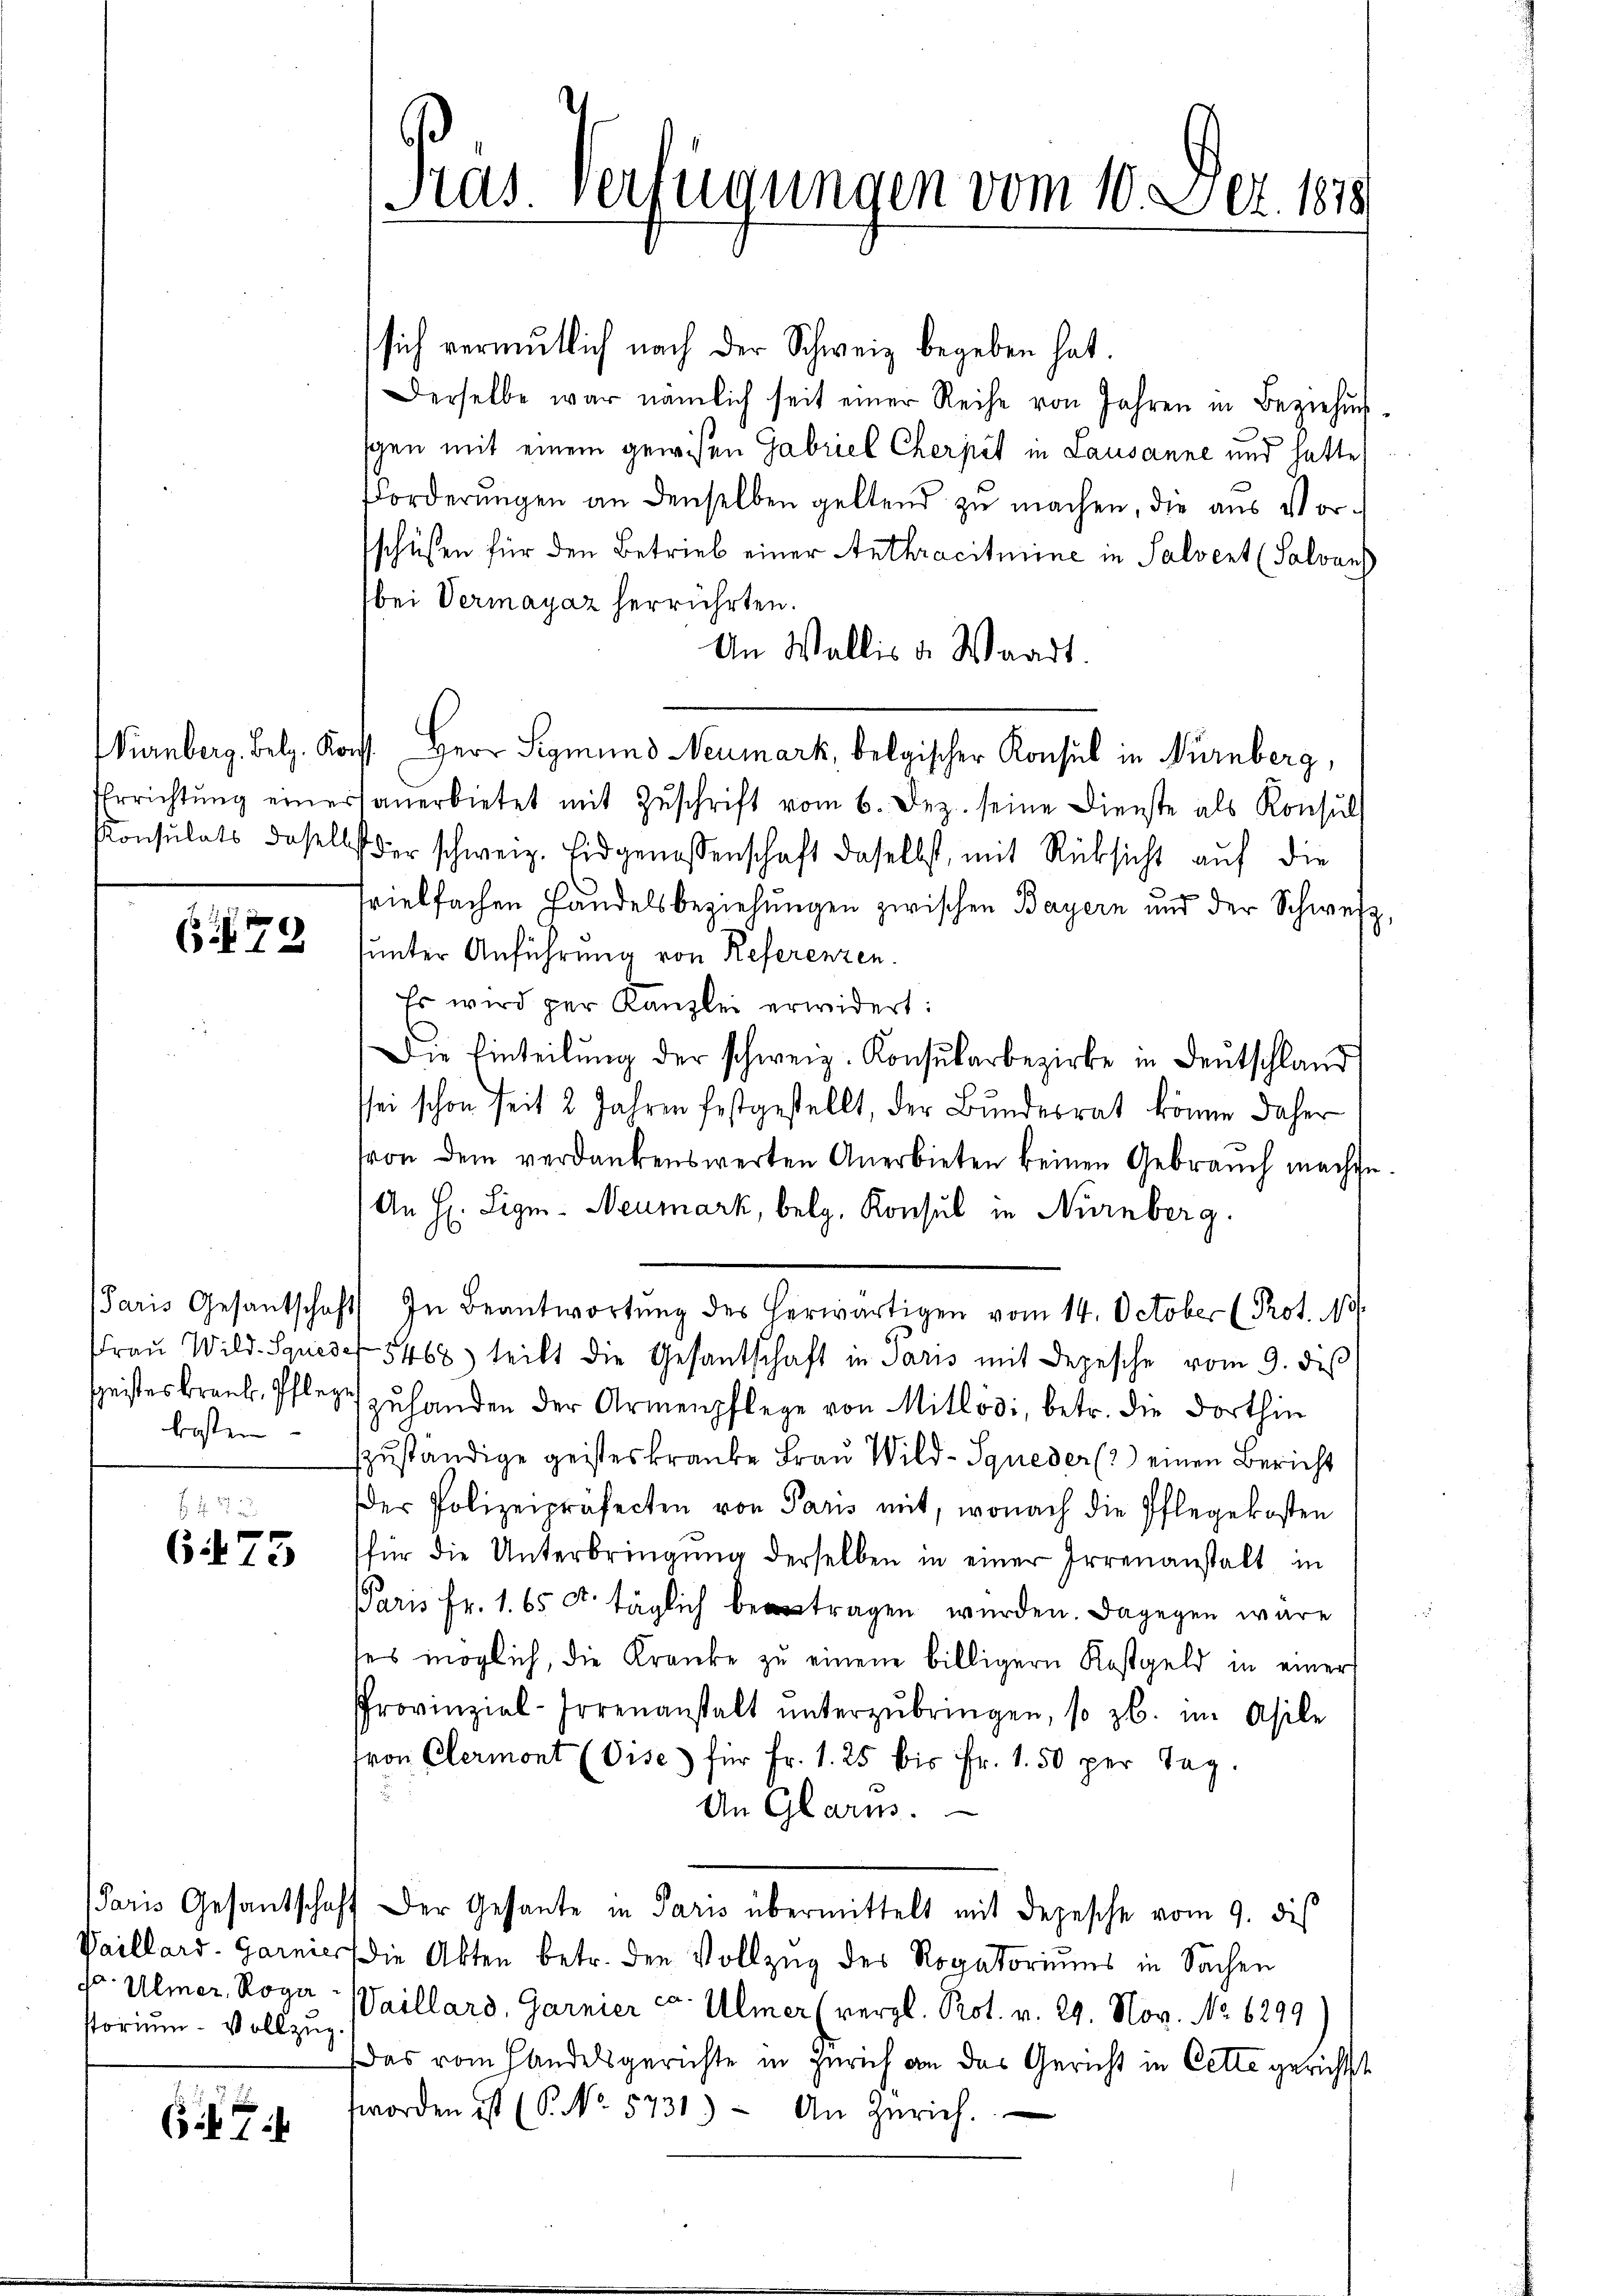
679

kosten

6475

s Ulmer, Roga
storium vollzug.

6

Ras. Verfügungen vom 10. Dez. 1878

sich vermutlich nach der Schweiz begeben hat.
Derselbe war nämlich seit einer Reihe von Jahren in Beziehŭngs-
schen mit einem gewisen Gabriel Cherpit in Lausanne und hatte
Forderungen an denselben geltend zu machen, die aus Vor-
schüssen für den Betrieb einer Anthraciturine in Salvert (Salvans
bei Vermayaz herrührten.
An Wallis d. Waadt.
Wirnberg. Belg. Koss. Herr Sigmund Neumark, belgischer Konsul in Nürnberg,
Errichtŭng einersanerbietet mit Zŭschrift vom 6. Dez. seine Dienste als Konsŭlt
Konsulats daselbst der schweiz. Eidgenossenschaft daselbst, mit Rücksicht aŭf die
-
vielfachen Handelsbeziehungen zwischen Bayern und der Schweiz,
unter Anführung von Referenzen.
Es wird per Kanzlei erwidert:
Die Einteilŭng der schweiz. Konsŭlarbezirke in Deutschland
sei schon seit 2 Jahren festgestellt, der Bŭndesrat könne daher
von dem verdankenswerten Anerbieten keinen Gebrauch machte.
An H: Ligm- Neumark, belg. Konsul in Nürnberg.
Paris Gesantschaft) In Beantwortŭng des herwärtigen vom 14. October (Prot. 13.
Fraŭ Wild. Spese 1468) teilt die Gesantschaft in Paris mit Depesche vom 9. dieß
speisteskrank, Pflege zŭ handen der Armenpflege von Mitlosi, betr. die dorthin
zuständige geisteskranke Frau Wild-Syneder (2) einen Bericht
der Polizeipräfecten von Paris mit, wonach die Pflegekosten
für die Unterbringŭng derselben in einer Irrenanstalt in
Paris Fr. 1. 65 c. täglich betragen wurden. Dagegen wäre
ses möglich, die Kranke zu einem billigern Kostgeld in einer
Provinzial-Horenanstalt ŭnterzŭbringen, so zb. im Asile
von Clermont (Gise) für Fr. 1. 25 bis Fr. 1. 50 per Tag.
An Glarm.
Paris Gesantschaft der Gesante in Paris übermittelt mit Depesche vom 9. dis
Vaillard Garnier die Akten betr. den Vollzug des Rogatoriums in Sachen
Vaillard, Garnier ca. Ulmer (vergl. Prot. v. 29. Nov. No 6299
Das vom Handelsgerichte in Zürich an das Gericht in Cette gerichtst
worden ist (S. No 5731.) An Zürich.